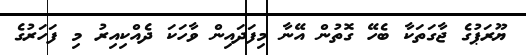
ޔޫރަޕުގެ ޖާގަތަކާ ބެހޭ ގޮތުން އޭނާ މިފަދައިން ވާހަކަ ދެއްކިއިރު މި ފަހަރުގެ